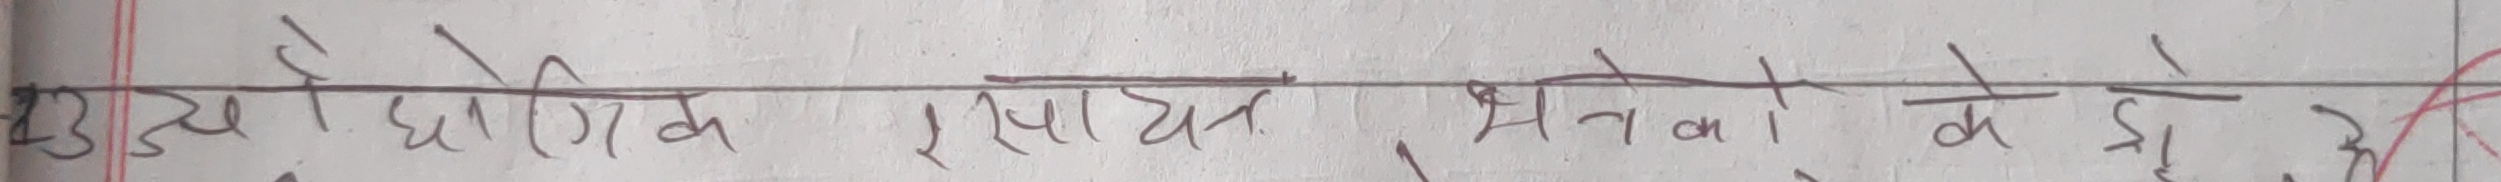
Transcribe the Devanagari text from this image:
औद्योगिक रसायन भवनों के लिए